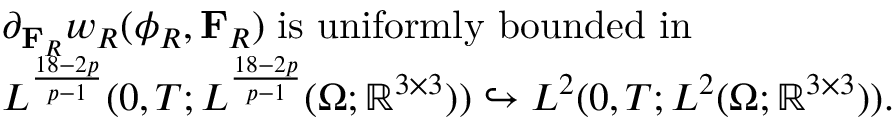
\begin{array} { r l } & { \partial _ { \mathbf { F } _ { R } } w _ { R } ( \phi _ { R } , \mathbf { F } _ { R } ) \; \mathrm { i s ~ u n i f o r m l y ~ b o u n d e d ~ i n } \; } \\ & { L ^ { \frac { 1 8 - 2 p } { p - 1 } } ( 0 , T ; L ^ { \frac { 1 8 - 2 p } { p - 1 } } ( \Omega ; \mathbb { R } ^ { 3 \times 3 } ) ) \hookrightarrow L ^ { 2 } ( 0 , T ; L ^ { 2 } ( \Omega ; \mathbb { R } ^ { 3 \times 3 } ) ) . } \end{array}